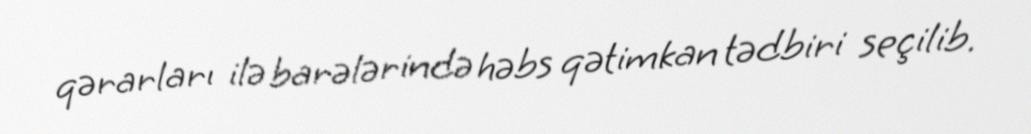
qərarları ilə barələrində həbs qətimkan tədbiri seçilib.